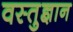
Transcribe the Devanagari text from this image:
वस्तुज्ञान